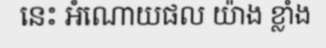
នេះ អំណោយផល យ៉ាង ខ្លាំង